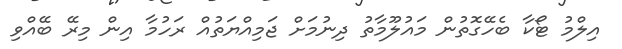
އިލްމު ޓޯކާ ބެހޭގޮތުން މައުލޫމާތު ދިނުމަށް ޖަމިއްޔަތުއް ރަހުމާ އިން މިރޭ ބޭއްވި